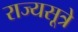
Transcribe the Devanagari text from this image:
राज्यसूत्रे